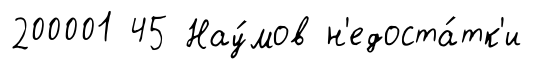
200001 45 Нау́мов н'едоста́тк'и